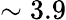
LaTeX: \sim 3.9